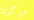
مركزك